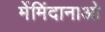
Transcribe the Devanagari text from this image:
मेंमिंदानाओ